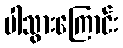
ပါသွားကြောင်း